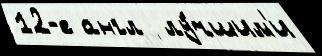
12-е англ  лу́чшим'и